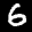
Label: 6